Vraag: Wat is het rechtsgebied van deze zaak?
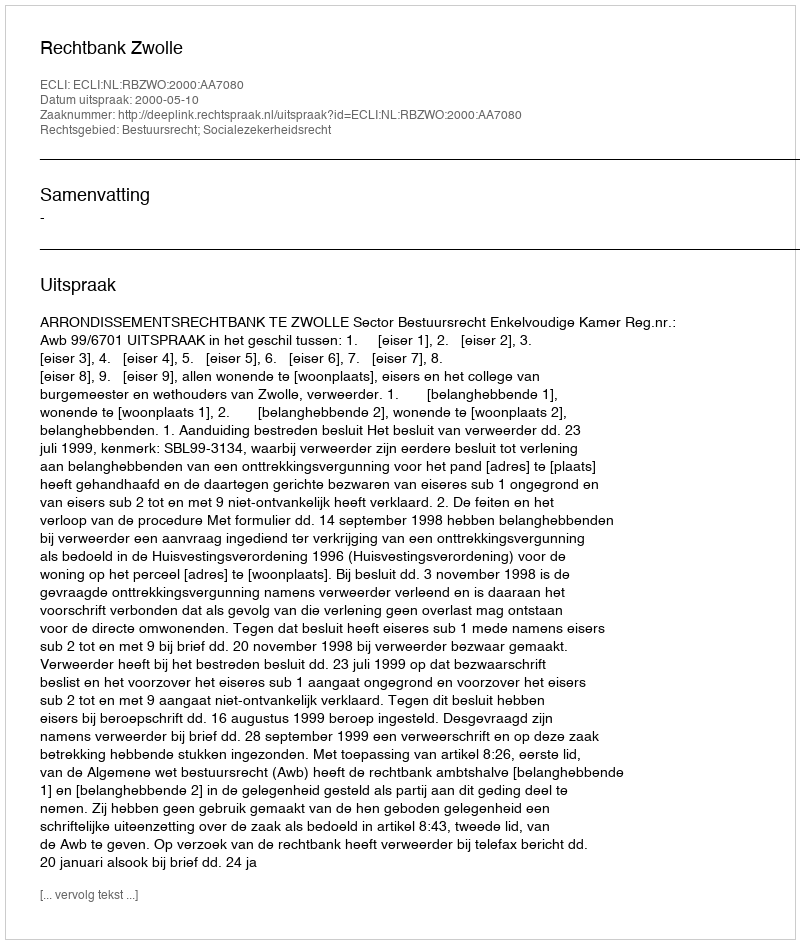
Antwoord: Bestuursrecht; Socialezekerheidsrecht